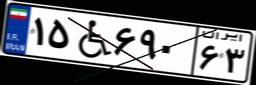
۹۹W۷۱۳۲۰